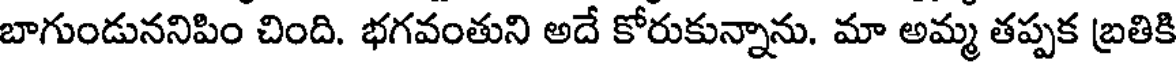
బాగుండుననిపిం చింది. భగవంతుని అదే కోరుకున్నాను. మా అమ్మ తప్పక బ్రతికి